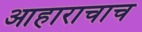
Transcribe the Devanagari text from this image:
आहाराचाच